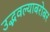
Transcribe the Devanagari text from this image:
उद्भवल्याबरोबर